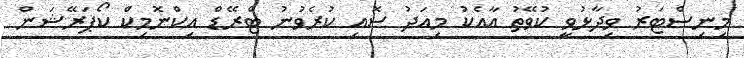
މިނިސްޓަރު ވިދާޅުވީ ކުވޭތު އާއެކު މިއަދު ސޮއި ކުރެވުނު ޓްރޭޑް އިކްނޮމިކް ކޯޕަރޭޝަން